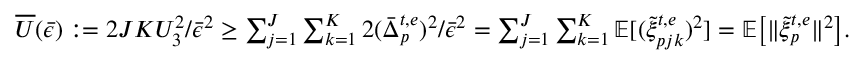
\begin{array} { r l } & { \overline { { U } } ( \bar { \epsilon } ) : = 2 J K U _ { 3 } ^ { 2 } / \bar { \epsilon } ^ { 2 } \geq \sum _ { j = 1 } ^ { J } \sum _ { k = 1 } ^ { K } 2 ( \bar { \Delta } _ { p } ^ { t , e } ) ^ { 2 } / \bar { \epsilon } ^ { 2 } = \sum _ { j = 1 } ^ { J } \sum _ { k = 1 } ^ { K } \mathbb { E } [ ( \tilde { \xi } _ { p j k } ^ { t , e } ) ^ { 2 } ] = \mathbb { E } \big [ \| \tilde { \xi } _ { p } ^ { t , e } \| ^ { 2 } \big ] . } \end{array}